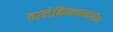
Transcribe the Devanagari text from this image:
बालेकिल्ल्यामागील